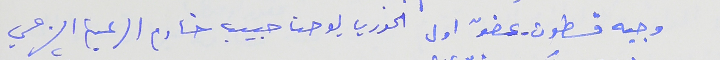
وجيه قسطون - عضوّ اول الخوري يوحنا حبيب خادم الرعية الشرعي